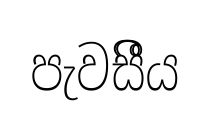
පැවසීීය